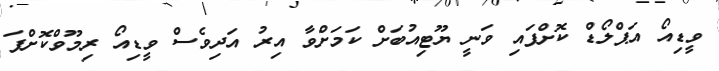
ވީޑިއޯ އަޕްލޯޑް ކޮށްފައި ވަނީ ޔޫޓިއުބަށް ކަމަށްވާ އިރު އަދިވެސް ވީޑިއޯ ރިމޫވްކޮށްފަ